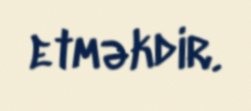
etməkdir.